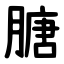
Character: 膅